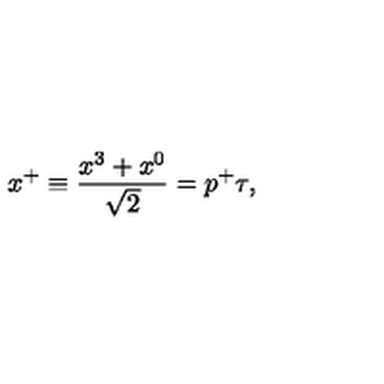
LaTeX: x ^ { + } \equiv { \frac { x ^ { 3 } + x ^ { 0 } } { \sqrt { 2 } } } = p ^ { + } \tau ,